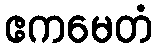
ဧကမေတံ